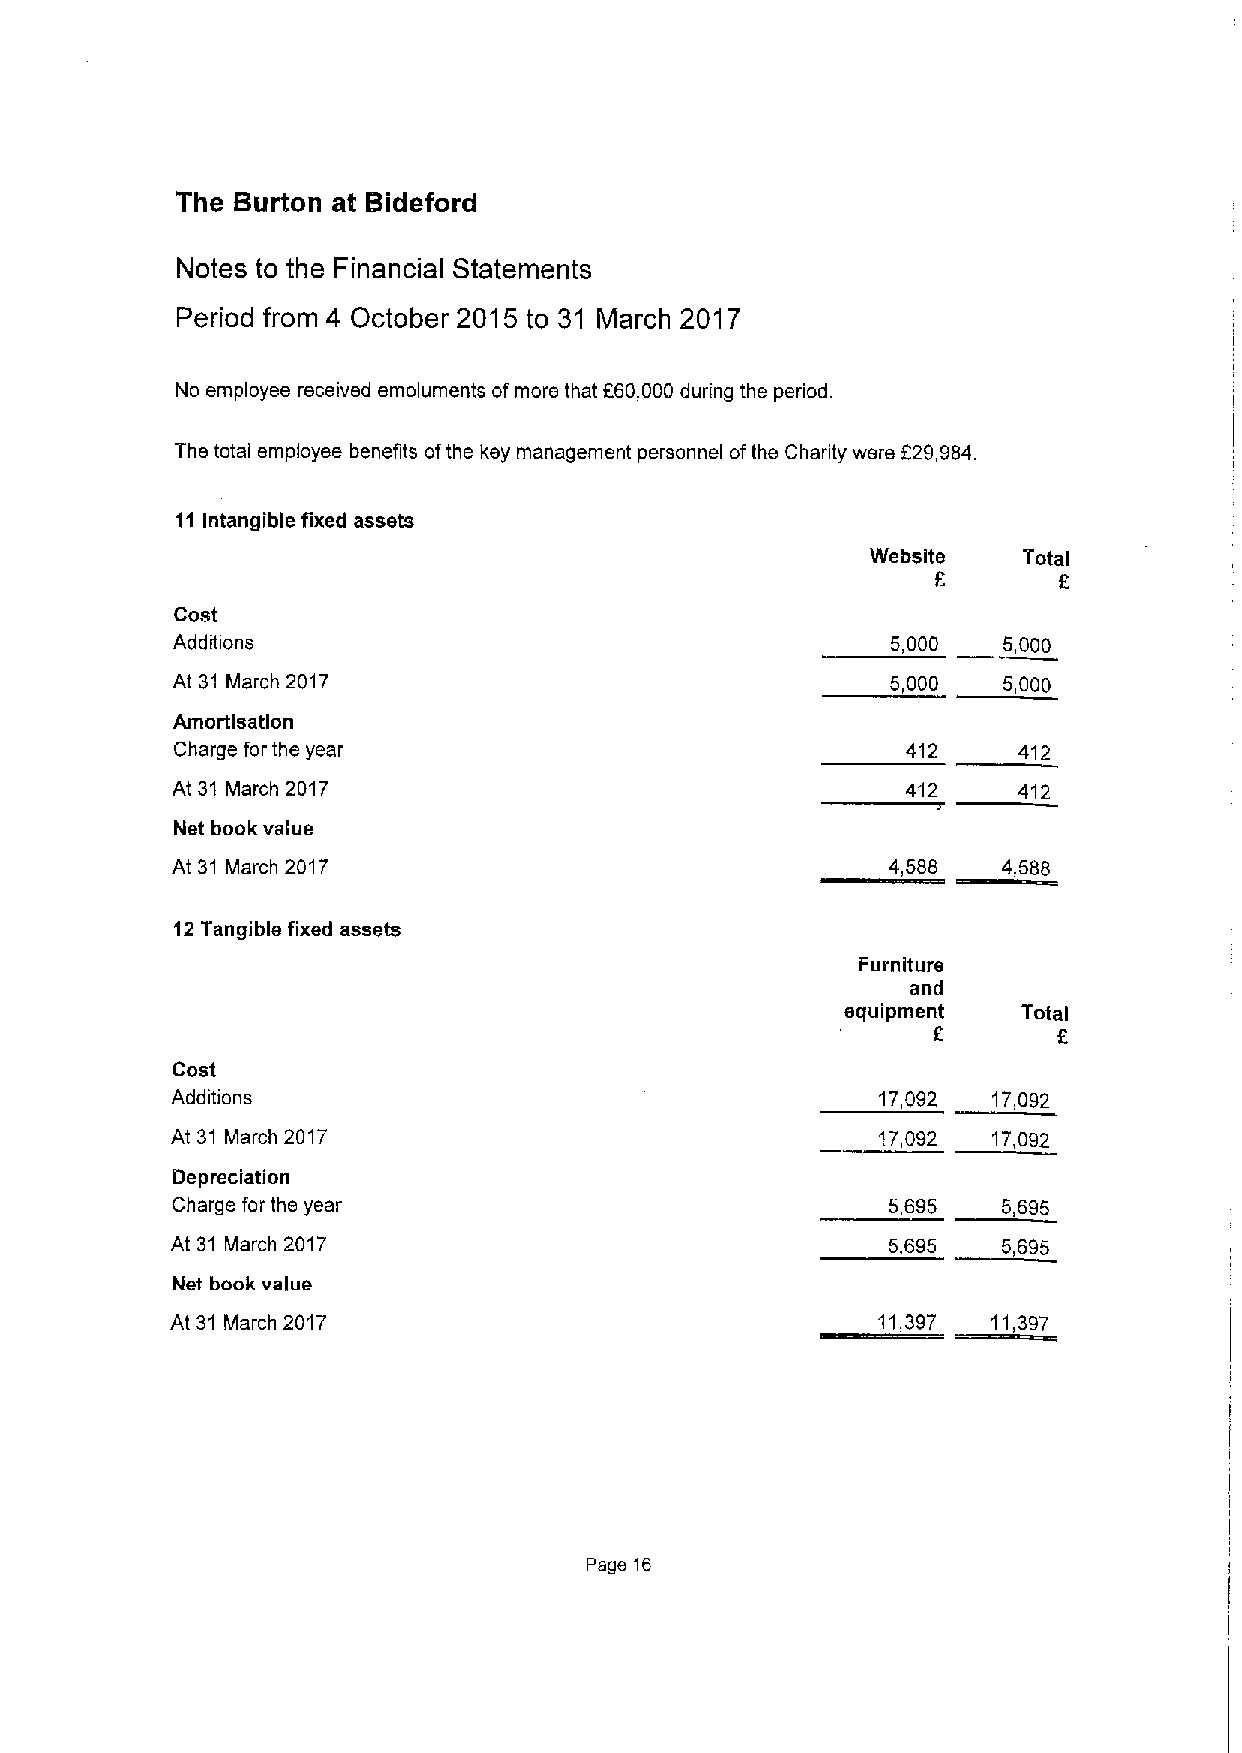
The Burton at Bideford
 Notes to the Financial Statements
 Period from 4 October 2015 to 31 March 2017
 No employee received emoluments ofmore that F60,000 during the period.
 The total employee benefits ofthe key management personnel ofthe Charity were E'29,984.
 11 Intangible fixed assets
 Website   Total
 F
 Cost
 Additions                                       5,000  5,000
 At 31 March 2017                                5,000  5,000
 Amortlsatlon
 Charge for the year                             412    412
 At 31 March 2017                                 412    412
 Net book value
 At 31 March 2017                                4,588  4,5115
 12Tangible fixed assets
 Furniture
 and
 equipment   Total
 f
 E
 Cost
 Additions                                      17,092  17,092
 At 31 March 2017                               17,092  17,092
 Depreciation
 Charge for the year                             5,695  5,695
 At 31 March 2017                                5,695  5,695
 Net book value
 At 31 March 2017                               11,397  11,397
 Page 16